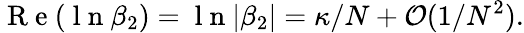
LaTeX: \mathrm{~R~e~}(\mathrm{~l~n~}\beta_{2})=\mathrm{~l~n~}|\beta_{2}|=\kappa/N+\mathcal{O}(1/N^{2}).